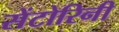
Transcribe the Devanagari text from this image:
सेंटोरिनी